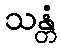
သန္တံ